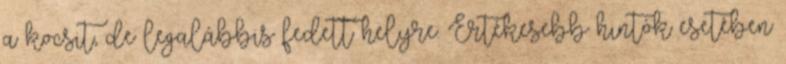
a kocsit, de legalábbis fedett helyre. Értékesebb hintók esetében